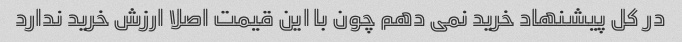
در کل پیشنهاد خرید نمی دهم چون با این قیمت اصلا ارزش خرید ندارد